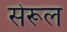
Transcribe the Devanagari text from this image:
सेरूल